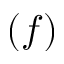
( f )